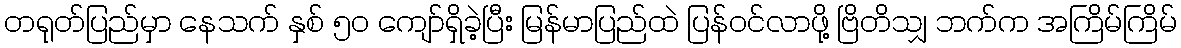
တရုတ်ပြည်မှာ နေသက် နှစ် ၅ဝ ကျော်ရှိခဲ့ပြီး မြန်မာပြည်ထဲ ပြန်ဝင်လာဖို့ ဗြိတိသျှ ဘက်က အကြိမ်ကြိမ်